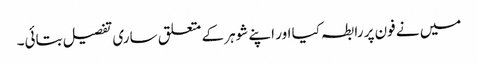
میں نے فون پر رابطہ کیا اور اپنے شوہر کے متعلق ساری تفصیل بتائی۔